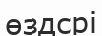
өздсрі